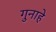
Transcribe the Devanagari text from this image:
गुनाहे